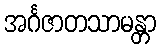
အင်္ဂဇာတသာမန္တာ